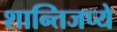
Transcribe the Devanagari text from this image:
शान्तिजप्ये